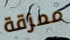
ممزقة